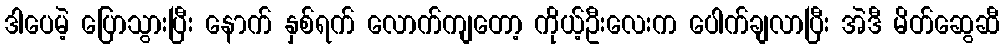
ဒါပေမဲ့ ပြောသွားပြီး နောက် နှစ်ရက် လောက်ကျတော့ ကိုယ့်ဦးလေးက ပေါက်ချလာပြီး အဲဒီ မိတ်ဆွေဆီ